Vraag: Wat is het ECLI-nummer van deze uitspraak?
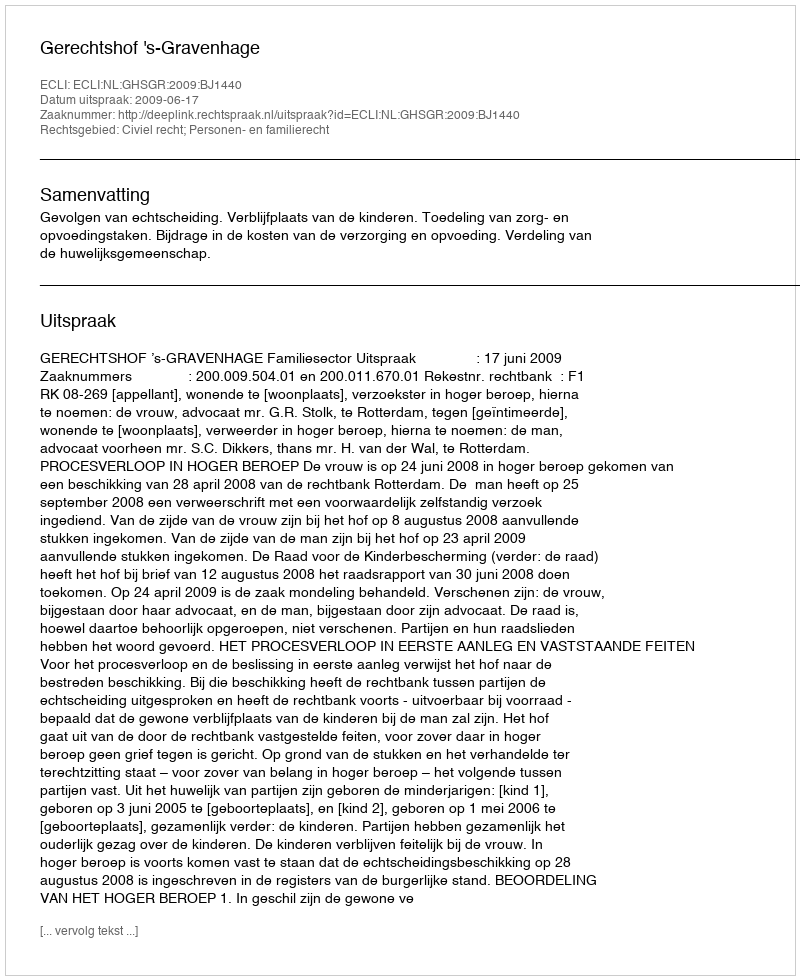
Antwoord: ECLI:NL:GHSGR:2009:BJ1440